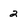
Character: 2